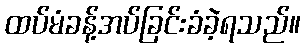
ထပ်မံခန့်အပ်ခြင်းခံခဲ့ရသည်။